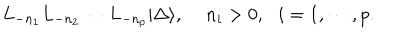
L _ { - n _ { 1 } } L _ { - n _ { 2 } } \cdots L _ { - n _ { p } } | \Delta \rangle , \, \, \, \, \, \, \, n _ { i } > 0 , \, \, \, \, i = 1 , \cdots , p .